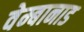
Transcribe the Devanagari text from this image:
वेम्बानाड